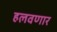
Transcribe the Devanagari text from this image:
हलवणार